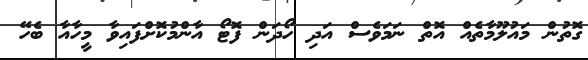
ގޮތުން މައުލޫމާތެއް އޮތް ނަމަވެސް އަދި ހޯދަން ފޮޓޯ އާންމުކޮށްފައިވާ މީހާއާ ބެހޭ